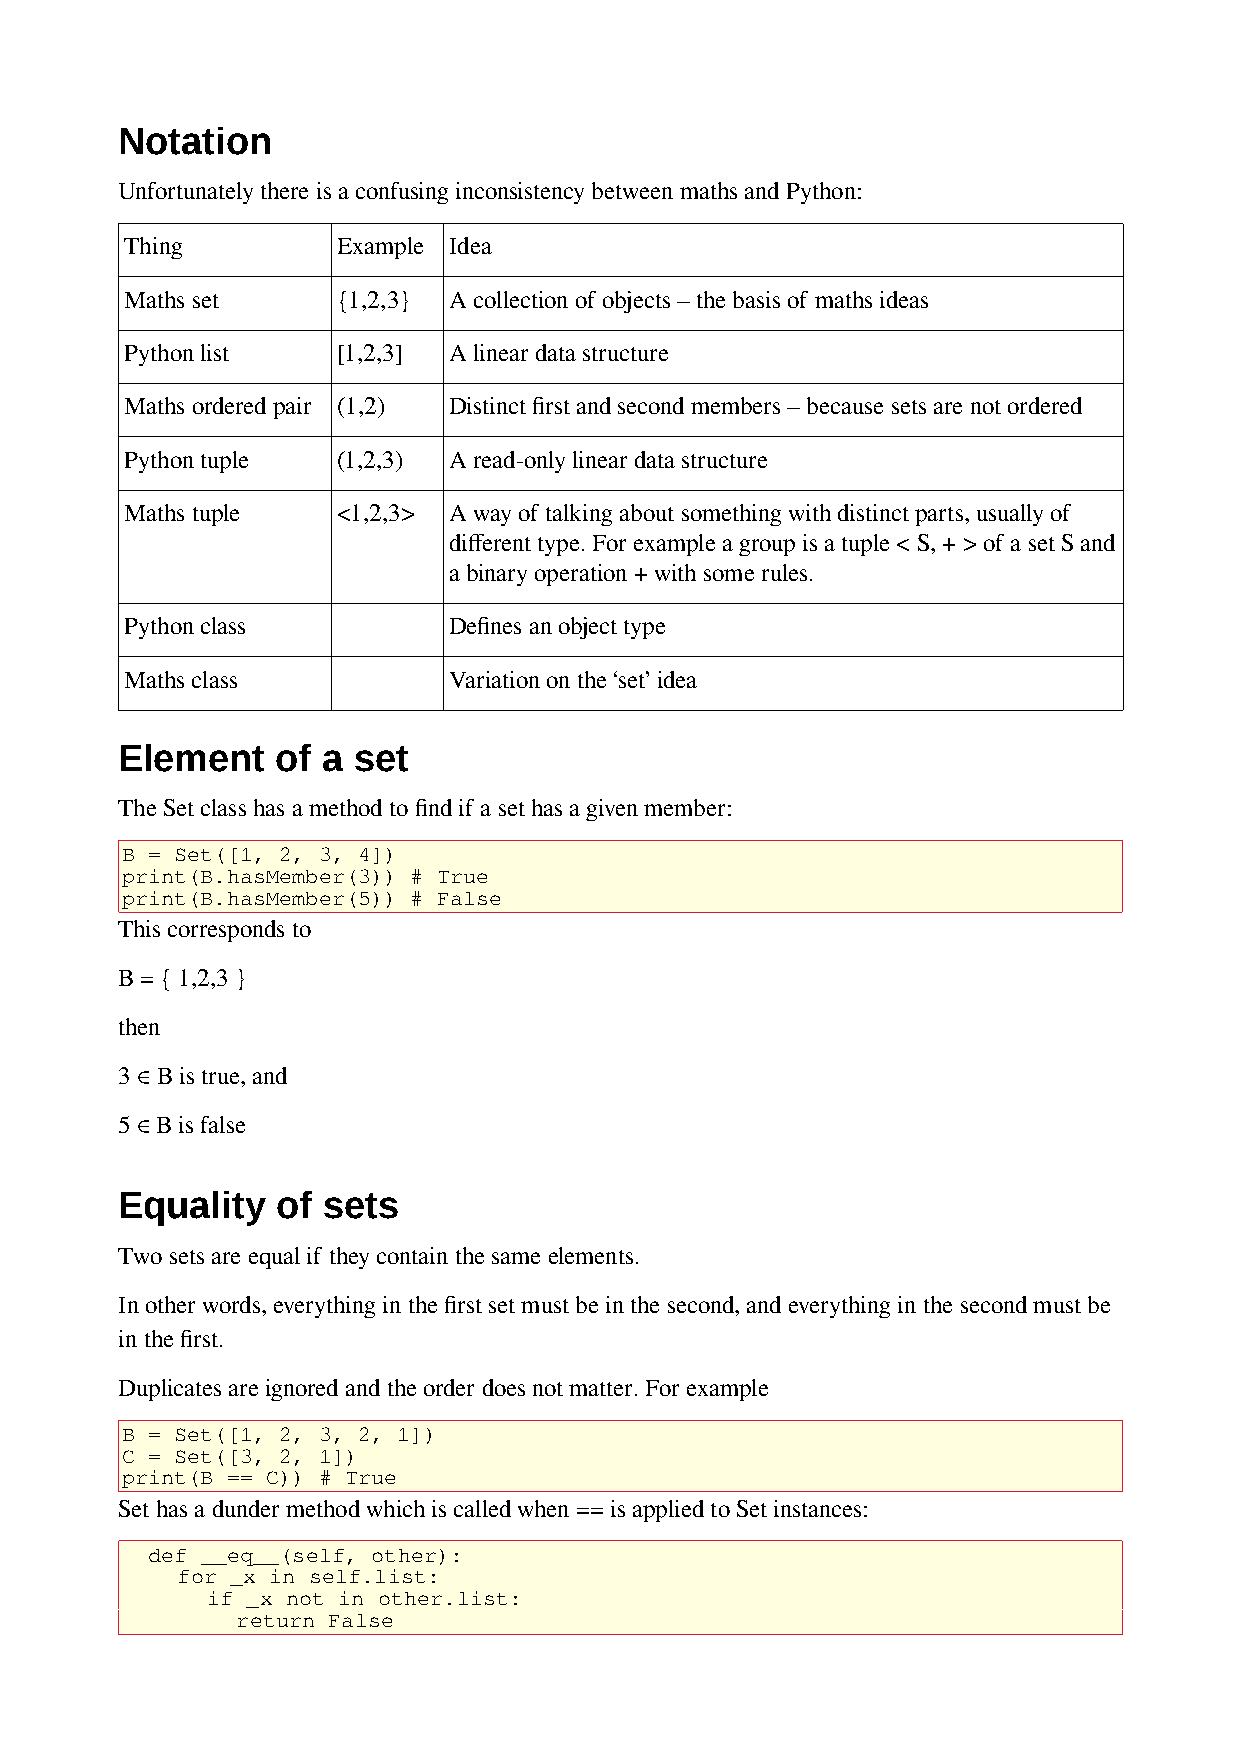
Notation
 Unfortunately there is a confusing inconsistency between maths and Python:
 Thing         Example Idea
 Maths set     {1,2,3} A collection of objects – the basis of maths ideas
 Python list   [1,2,3] A linear data structure
 Maths ordered pair (1,2) Distinct first and second members – because sets are not ordered
 Python tuple  (1,2,3) A read-only linear data structure
 Maths tuple   <1,2,3> A way of talking about something with distinct parts, usually of
 different type. For example a group is a tuple < S, + > of a set S and
 a binary operation + with some rules.
 Python class          Defines an object type
 Maths class           Variation on the ‘set’ idea
 Element   of a set
 The Set class has a method to find if a set has a given member:
 B = Set([1, 2, 3, 4])
 print(B.hasMember(3)) # True
 print(B.hasMember(5)) # False
 This corresponds to
 B = { 1,2,3 }
 then
 3 ∈ B is true, and
 5 ∈ B is false
 Equality  of sets
 Two sets are equal if they contain the same elements.
 In other words, everything in the first set must be in the second, and everything in the second must be
 in the first.
 Duplicates are ignored and the order does not matter. For example
 B = Set([1, 2, 3, 2, 1])
 C = Set([3, 2, 1])
 print(B == C)) # True
 Set has a dunder method which is called when == is applied to Set instances:
 def __eq__(self, other):
 for _x in self.list:
 if _x not in other.list:
 return False